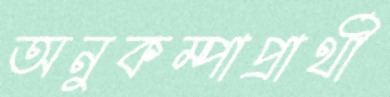
অনুকম্পাপ্রার্থী